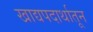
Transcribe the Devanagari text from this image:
खाद्यपदार्थातून